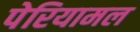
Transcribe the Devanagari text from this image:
पेरियामल